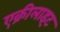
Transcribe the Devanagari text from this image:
एक्रीलाइट